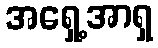
အရှေ့အာရှ